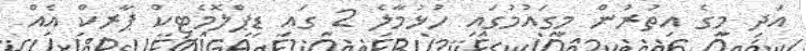
އަދި މީގެ އިތުރުން މިގައުމުގައި ހުޅުމާލެ 2 ގައި ޑިޕްލޮމެޓިކް ޕާރކް އެއް